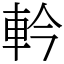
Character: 軡